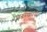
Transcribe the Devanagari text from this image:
पराकार्य